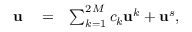
\begin{array} { r l r } { { \bf u } } & { { } = } & { \sum _ { k = 1 } ^ { 2 M } c _ { k } { \bf u } ^ { k } + { \bf u } ^ { s } , } \end{array}